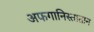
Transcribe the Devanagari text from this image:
अफगानिस्तातान